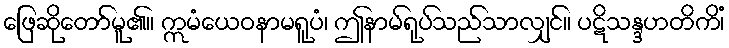
ဖြေဆိုတော်မူ၏။ ဣမံယေဝနာမရူပံ၊ ဤနာမ်ရုပ်သည်သာလျှင်။ ပဋိသန္ဒဟတိကိံ၊